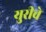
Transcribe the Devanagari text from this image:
युरीचे